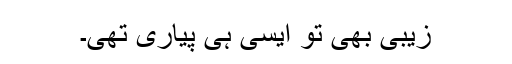
زیبی بھی تو ایسی ہی پیاری تھی۔